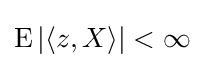
\operatorname {E} |\langle z,X\rangle |<\infty